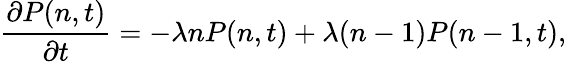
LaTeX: \frac{\partial P(n,t)}{\partial t}=-\lambda nP(n,t)+\lambda(n-1)P(n-1,t),